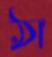
ঠা